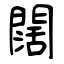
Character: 闊